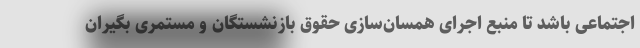
اجتماعی باشد تا منبع اجرای همسان‌سازی حقوق بازنشستگان و مستمری بگیران